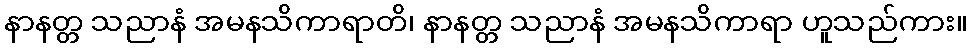
နာနတ္တ သညာနံ အမနသိကာရာတိ၊ နာနတ္တ သညာနံ အမနသိကာရာ ဟူသည်ကား။